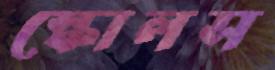
স্কোলস